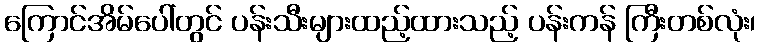
ကြောင်အိမ်ပေါ်တွင် ပန်းသီးများထည့်ထားသည့် ပန်းကန် ကြီးတစ်လုံး၊